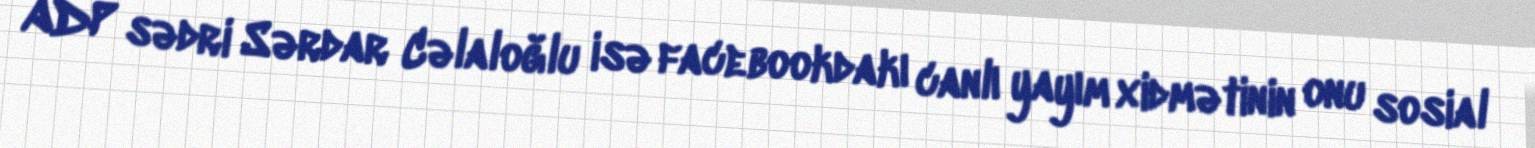
ADP sədri Sərdar Cəlaloğlu isə facebookdakı canlı yayım xidmətinin onu sosial